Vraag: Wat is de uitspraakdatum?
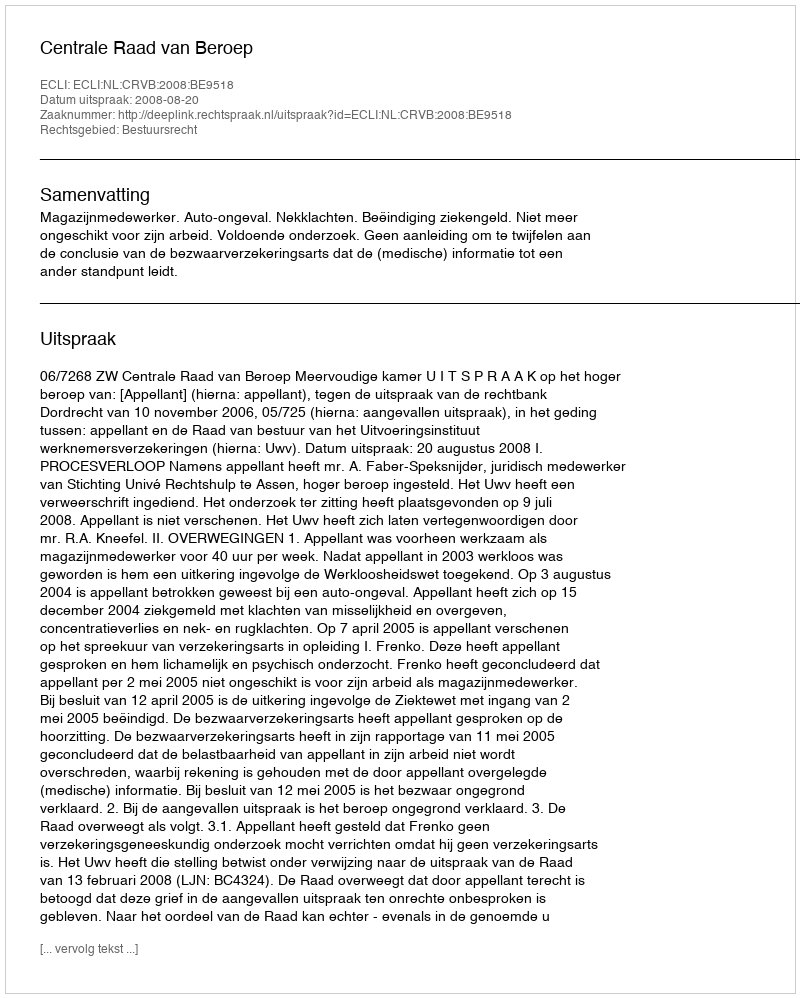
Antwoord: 2008-08-20